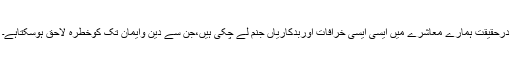
درحقیقت ہمارے معاشرے میں ایسی ایسی خرافات اوربدکاریاں جنم لے چکی ہیں،جن سے دین وایمان تک کوخطرہ لاحق ہوسکتاہے۔